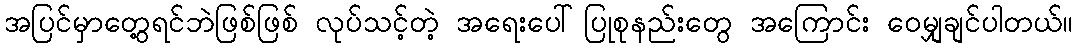
အပြင်မှာတွေ့ရင်ဘဲဖြစ်ဖြစ် လုပ်သင့်တဲ့ အရေးပေါ်ပြုစုနည်းတွေ အကြောင်း ဝေမျှချင်ပါတယ်။